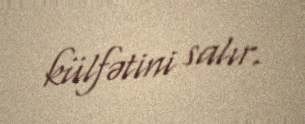
külfətini salır.